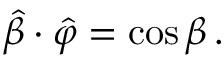
{ \boldsymbol { \hat { \beta } } } \cdot { \boldsymbol { \hat { \varphi } } } = \cos { \beta } \, .